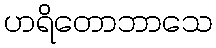
ဟရိတောဘာသေ